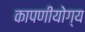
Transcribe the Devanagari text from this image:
कापणीयोग्य